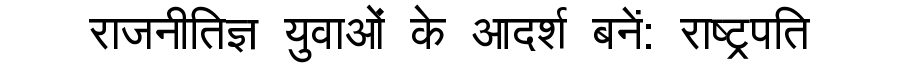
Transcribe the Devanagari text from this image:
राजनीतिज्ञ युवाओं के आदर्श बनें: राष्ट्रपति